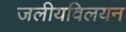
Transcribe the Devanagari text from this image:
जलीयविलयन